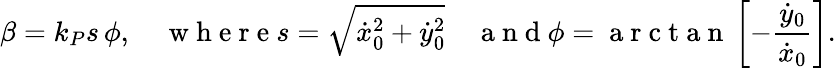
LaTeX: \beta=k_{P}s\, \phi,\quad\mathrm{~w~h~e~r~e~}s=\sqrt{\dot{x}_{0}^{2}+\dot{y}_{0}^{2}}\quad\mathrm{~a~n~d~}\phi=\mathrm{~a~r~c~t~a~n~}\left[-\frac{\dot{y}_{0}}{\dot{x}_{0}}\right].